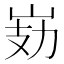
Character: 𭖗